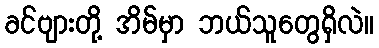
ခင်ဗျားတို့ အိမ်မှာ ဘယ်သူတွေရှိလဲ။